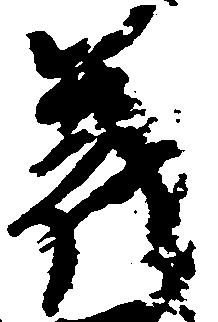
義